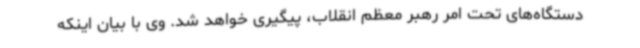
دستگاه‌های تحت امر رهبر معظم انقلاب، پیگیری خواهد شد. وی با بیان اینکه